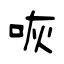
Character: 咴